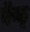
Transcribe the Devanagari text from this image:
ऍन्ड्